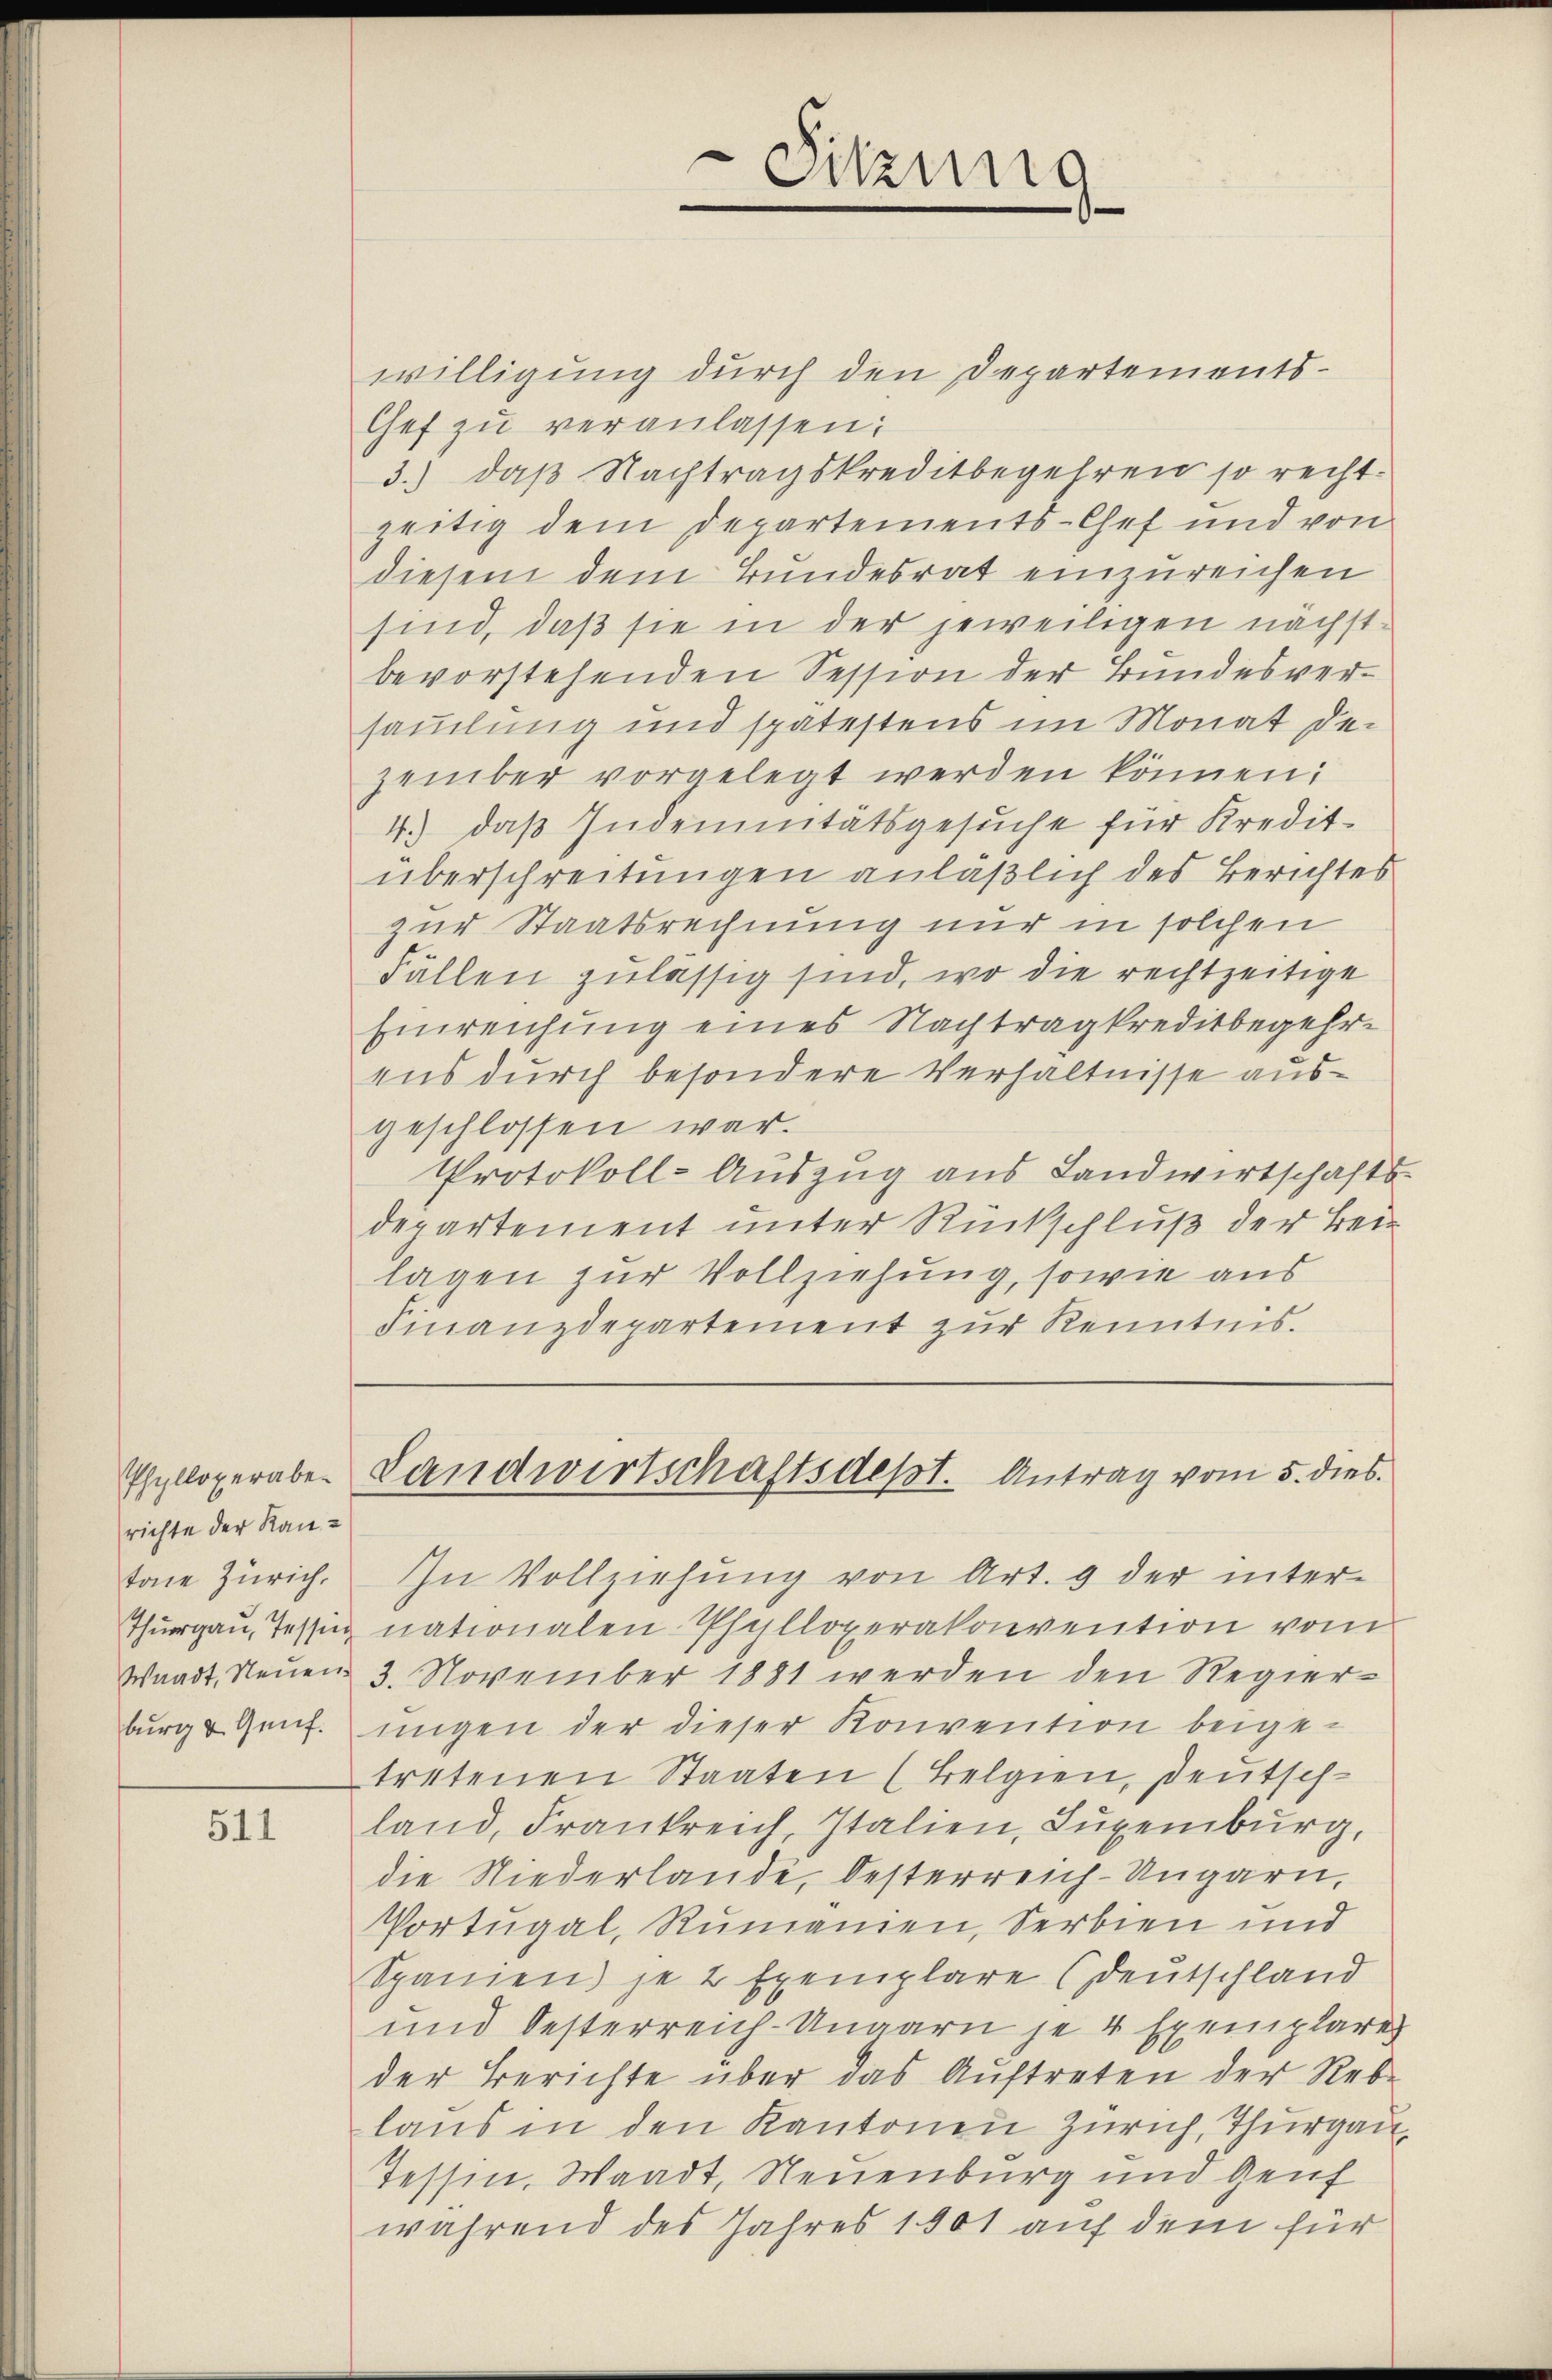
richte der Kantone Zürich.

511

In Vollziehung von Art. 9 der inter-
Thurgau, Tessig nationalen Phalloperakonvention vom
Waadt, Neuen 3. November 1881 werden den Regierburg u Genf. ungen der dieser Konvention beigetretenen Staaten (Belgien, Deutschland, Frankreich, Italien, Luxenburg,
die Niederlande, Oesterreich-Ungarn,
Portugal, Rumänien, Serbien und
Spanien) je 2 Exemplare (Deutschland
und Oesterreich-Ungarn je 4 Exemplarer
der Berichte über das Auftreten der Rebe
laus in den Kantonen Zürich, Thurgau,
Tessin, Waadt, Neuenburg und Genf
während des Jahres 1901 auf dem für

willigung durch den Departements-
Chef zŭ veranlassen:
3.) daß Nachtragskreditbegehren so recht-
zeitig dem Departements-Chef und von
diesem dem Bundesrat einzureichen
sind, daß sie in der jeweiligen nächstbevorstehenden Session der Bundesversammlung und spätestens im Monat dezember vorgelegt werden können:
4.) das Indemnitätsgesŭche für Kredit-
überschreitungen anläßlich des Berichtes
zur Staatsrechnung nur in solchen
Fällen zulässig sind, wo die rechtzeitige
Einreichung eines Nachtragkreditbegehr
ens durch besondere Verhältnisse ausgeschlossen war.
Protokoll-Auszug aus Landwirtschafts-
departement unter Rückschluß der Bei
lagen zur Vollziehung, sowie aus
Finanzdepartement zur Kenntnis.

Sitzung

Ehylloperaber Landwirtschaftsdest. Antrag vom 5. dies